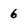
Character: 6